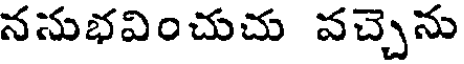
ననుభవించుచు వచ్చెను